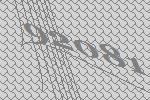
92081